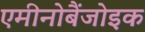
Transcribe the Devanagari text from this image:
एमीनोबैंजोइक